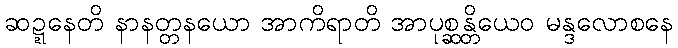
ဆဍ္ဍနေတိ နာနတ္တနယော အာကိရာတိ အာပုစ္ဆန္တိယေဝ မန္ဒလောစနေ